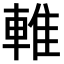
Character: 𨌴